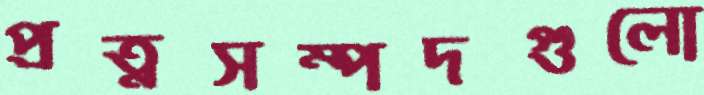
প্রত্নসম্পদগুলো